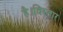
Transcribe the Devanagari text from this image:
है।विस्तार